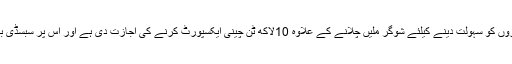
گنے کے کاشتکاروں کو سہولت دینے کیلئے شوگر ملیں چلانے کے علاوہ 10لاکھ ٹن چینی ایکسپورٹ کرنے کی اجازت دی ہے اور اس پر سبسڈی بھی دی جائے گی۔